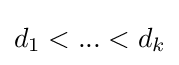
d_{1}<...<d_{k}